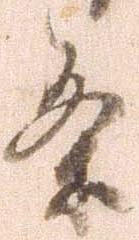
条